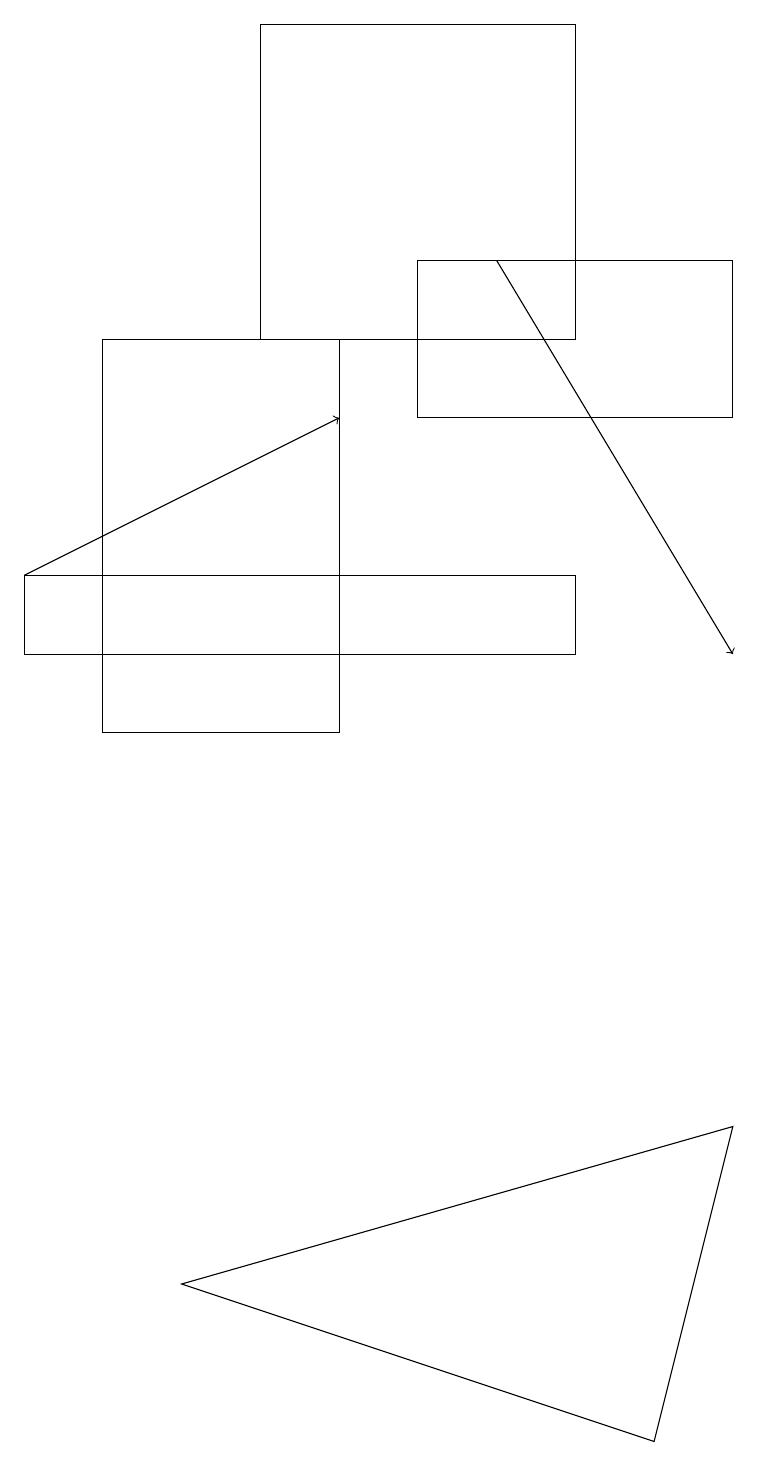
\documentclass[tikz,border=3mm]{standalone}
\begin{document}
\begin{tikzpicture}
\draw (5,16) rectangle (9,14);
\draw (3,15) rectangle (7,19);
\draw[->] (6,16) -- (9,11);
\draw (2,3) -- (8,1) -- (9,5) -- cycle;
\draw (1,15) rectangle (4,10);
\draw (7,12) rectangle (0,11);
\draw[->] (0,12) -- (4,14);
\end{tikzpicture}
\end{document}